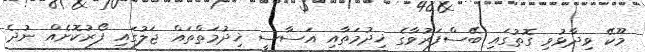
މޫކޭ ވިދާޅުވި ގޮތުގައި ބޭސްފަރުވާގެ ޚިދުމަތާއި އަސާސީ ޚިދުމަތްތައް ޖަލުގައި ފޯރުކޮށެއް ނުދެ